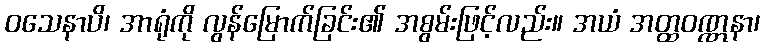
ဝသေနာပိ၊ အာရုံကို လွန်မြောက်ခြင်း၏ အစွမ်းဖြင့်လည်း။ အယံ အတ္ထဝဏ္ဏနာ၊